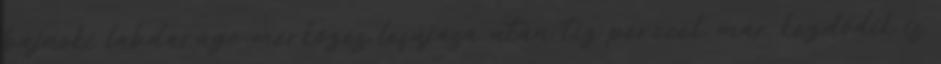
bajnoki labdarúgó-mérkőzés lefújása után tíz perccel, már kezdődik is